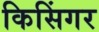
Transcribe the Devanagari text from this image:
किसिंगर